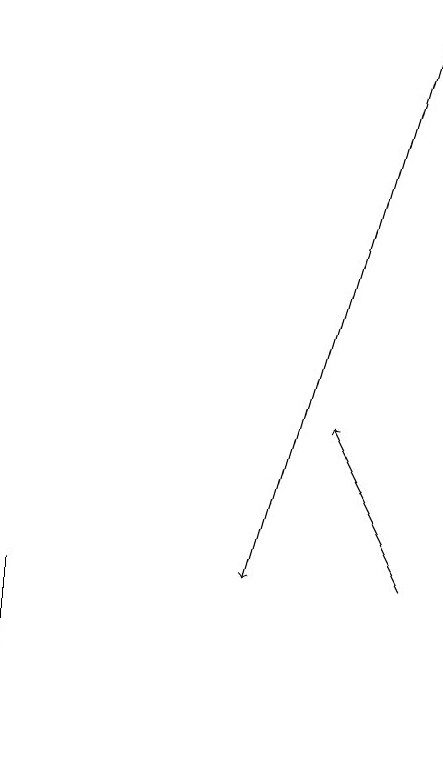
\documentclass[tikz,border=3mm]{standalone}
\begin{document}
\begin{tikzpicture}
\draw[->] (6,12) -- (5,14);
\draw (1,10) rectangle (1,12);
\draw[->] (6,19) -- (4,12);
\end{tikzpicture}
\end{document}